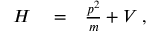
\begin{array} { r l r } { H } & { { } = } & { \frac { p ^ { 2 } } { m } + V \; , } \end{array}